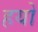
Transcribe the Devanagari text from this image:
हयो